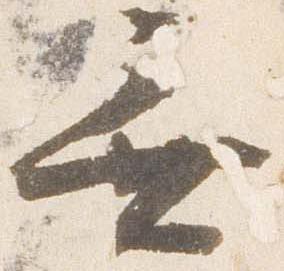
無